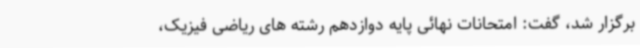
برگزار شد، گفت: امتحانات نهائی پایه دوازدهم رشته های ریاضی فیزیک،